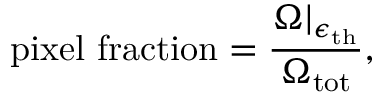
\mathrm { p i x e l \ f r a c t i o n } = \frac { \Omega | _ { \epsilon _ { \mathrm { t h } } } } { \Omega _ { \mathrm { t o t } } } ,